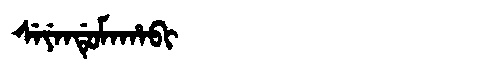
Manchu: ᠰᡝᠶᡝᠨᡩᡠᠮᠠᡥᠠᠪᡳ
Romanization: SEYENDUMAHABI